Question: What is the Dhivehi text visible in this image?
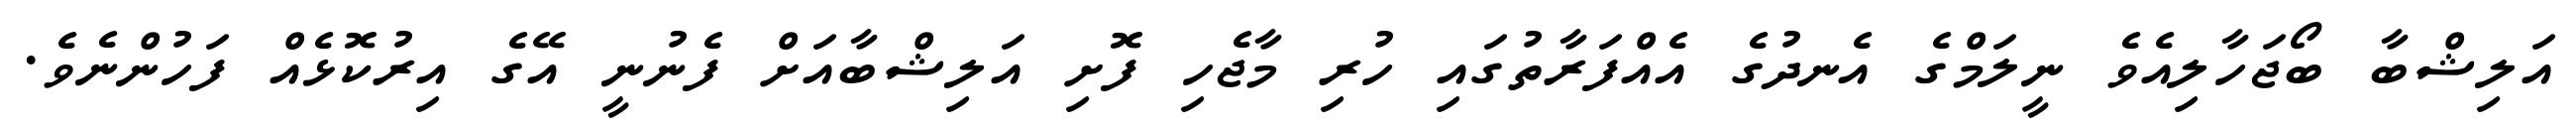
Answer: އަލިޝްބާ ބޯޖަހާލިއެވެ ނީލަމްގެ އެނދުގެ އެއްފަރާތުގައި ހުރި މާޖެހި ފޮށި އަލިޝްބާއަށް ފެނުނީ އޭގެ އިރުކޮޅެއް ފަހުންނެވެ.